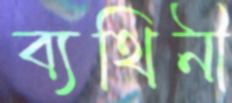
ব্যথিনী